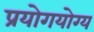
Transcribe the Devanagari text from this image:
प्रयोगयोग्य